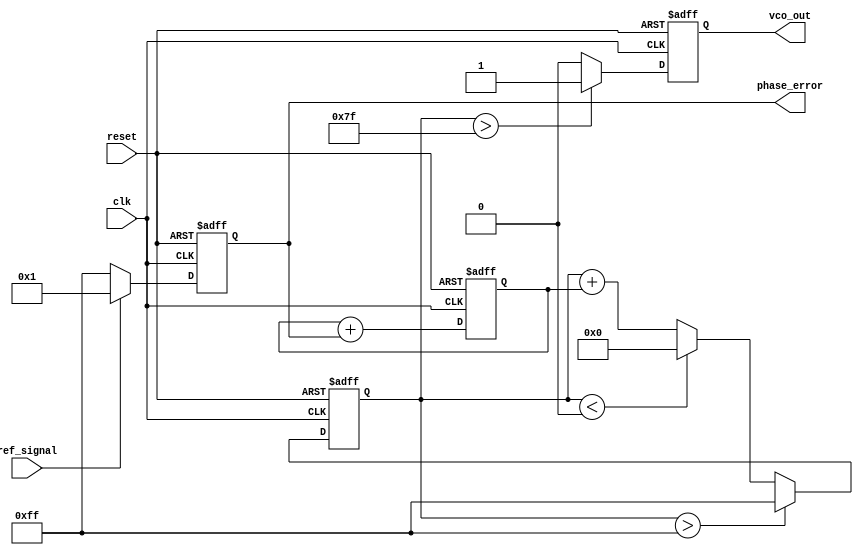
module DPLL (
    input wire clk,                // System clock
    input wire reset,              // Reset signal
    input wire ref_signal,         // Reference signal
    output reg vco_out,            // VCO output signal
    output reg [7:0] phase_error   // Phase error output
);

// Parameters
parameter PHASE_WIDTH = 8;       // Width of phase error signal
parameter MEMORY_SIZE = 16;       // Size of memory block
parameter VCO_MAX_FREQ = 255;     // Maximum frequency for VCO
parameter VCO_MIN_FREQ = 0;       // Minimum frequency for VCO

// Memory block to store phase errors
reg [PHASE_WIDTH-1:0] phase_memory[0:MEMORY_SIZE-1];
reg [3:0] mem_index;              // Memory index
reg [PHASE_WIDTH-1:0] control_signal; // Control signal for VCO
reg [PHASE_WIDTH-1:0] vco_freq;    // VCO frequency control

// Phase Detector (PD)
always @(posedge clk or posedge reset) begin
    if (reset) begin
        phase_error <= 0;
    end else begin
        // Simple phase comparison (assumes ref_signal is an edge-triggered signal)
        // For simplicity, we are just checking the state of ref_signal
        phase_error <= (ref_signal) ? 1 : -1; // Dummy phase error calculation
    end
end

// Loop Filter (LF)
always @(posedge clk or posedge reset) begin
    if (reset) begin
        control_signal <= 0;
    end else begin
        // Proportional filter for control signal
        control_signal <= control_signal + phase_error[PHASE_WIDTH-1:0];
    end
end

// Voltage-Controlled Oscillator (VCO)
always @(posedge clk or posedge reset) begin
    if (reset) begin
        vco_freq <= VCO_MIN_FREQ;
        vco_out <= 0;
    end else begin
        // Adjust VCO frequency based on control signal
        vco_freq <= vco_freq + control_signal[PHASE_WIDTH-1:0];
        if (vco_freq > VCO_MAX_FREQ)
            vco_freq <= VCO_MAX_FREQ;
        else if (vco_freq < VCO_MIN_FREQ)
            vco_freq <= VCO_MIN_FREQ;

        // Simulated VCO output (toggle based on frequency)
        vco_out <= (vco_freq > (VCO_MAX_FREQ / 2)) ? 1 : 0; // Simple toggle logic
    end
end

// Memory Block for storing phase errors
always @(posedge clk or posedge reset) begin
    if (reset) begin
        mem_index <= 0;
    end else begin
        // Store phase error in memory
        phase_memory[mem_index] <= phase_error;
        // Update memory index (circular buffer)
        mem_index <= (mem_index + 1) % MEMORY_SIZE;
    end
end

endmodule